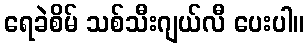
ရေခဲစိမ် သစ်သီးဂျယ်လီ ပေးပါ။